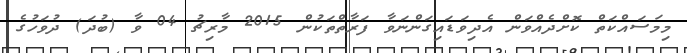
މިމަސައްކަތް ކޮށްދެއްވަން އެދިވަޑައިގަންނަވާ ފަރާތްތަކުން 2015 މާރިޗު 04 ވާ (ބުދަ) ދުވަހުގެ